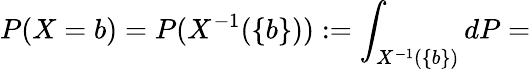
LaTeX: P(X=b)=P(X^{-1}(\{ b\} )):=\int_{X^{-1}(\{ b\} )}dP=